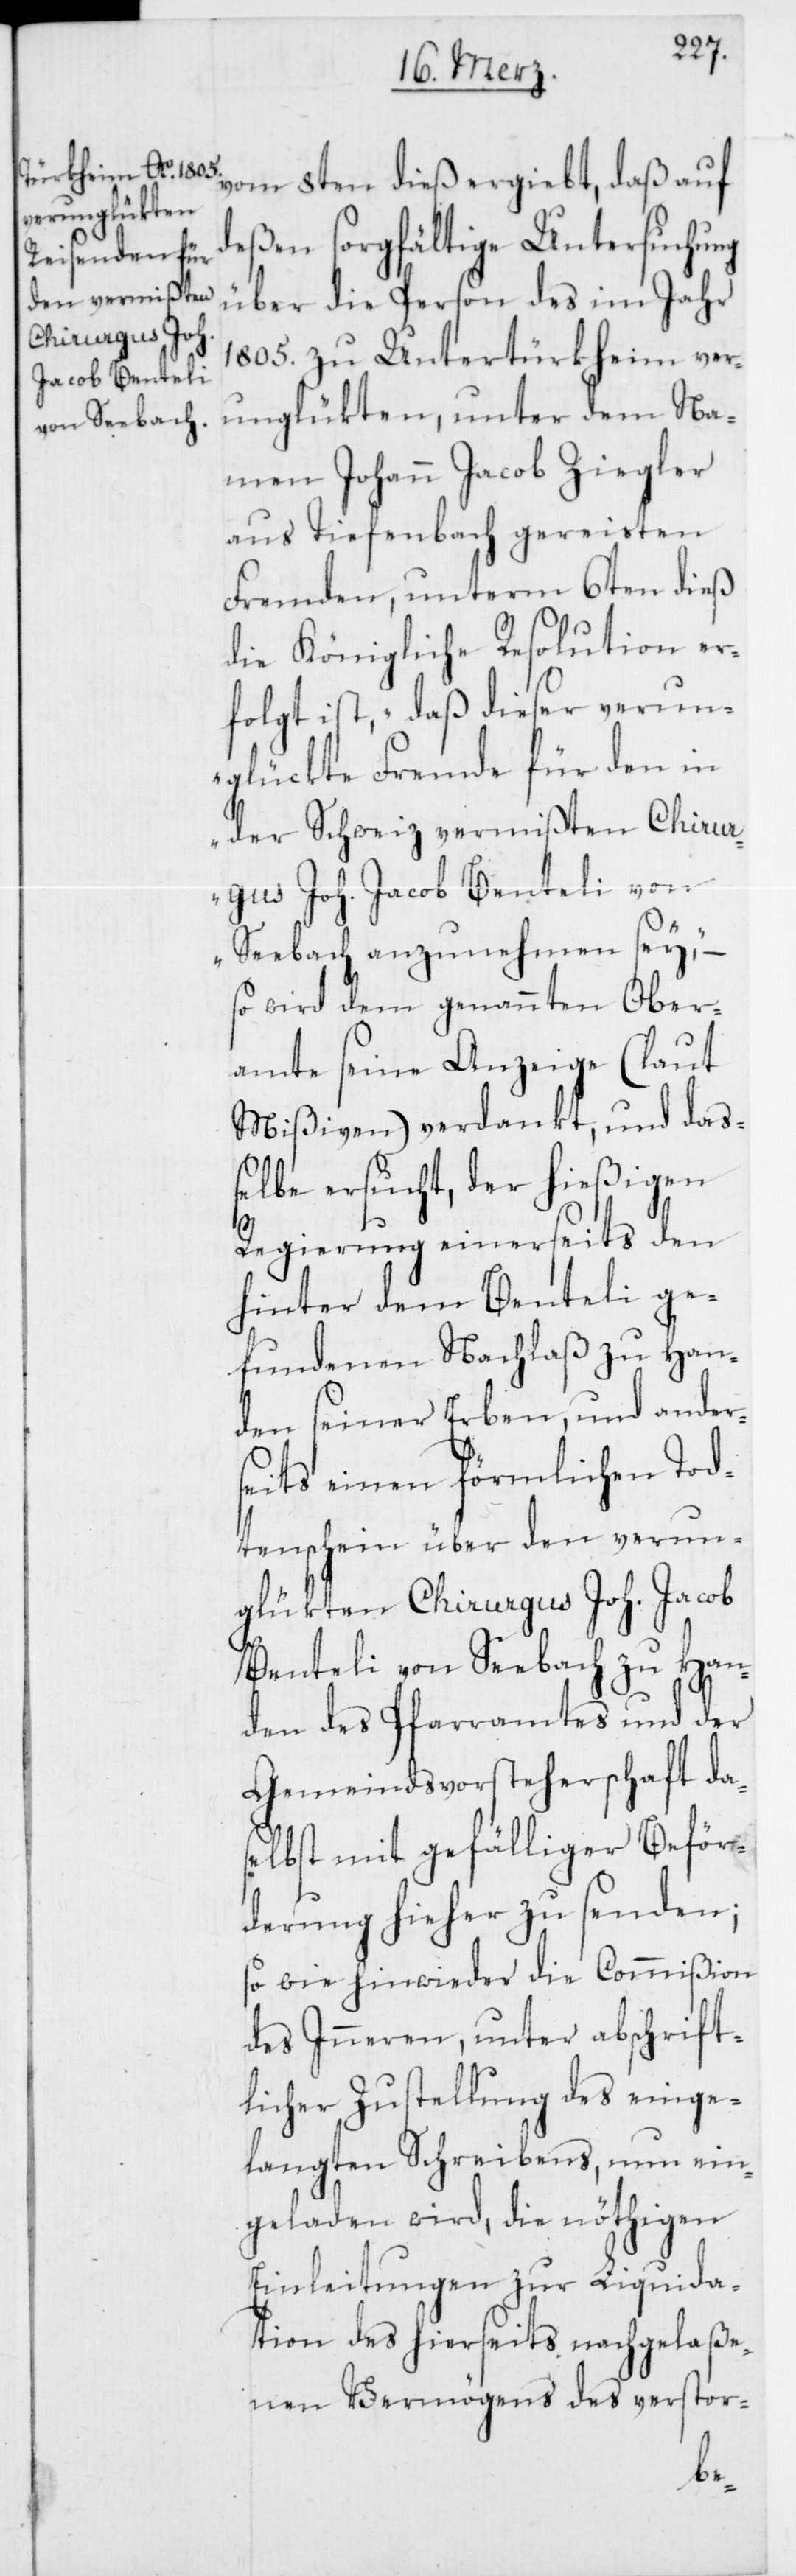
vom 8ten dieß ergiebt, daß auf
deßen sorgfältige Untersuchung
über die Person des im Jahr
1805. zu Untertürkheim ver¬
unglükten, unter dem Na¬
men Johann Jacob Ziegler
aus Tiefenbach gereisten
Fremden, unterm 6ten dieß
die Königliche Resolution er¬
folgt ist, „daß dieser verun¬
glückte Fremde für den in
der Schweiz vermißten Chirur¬
gus Joh. Jacob Benteli von
Seebach anzunehmen sey,“ –
so wird dem genannten Ober¬
amte seine Anzeige (laut
Mißiven) verdankt, und das¬
selbe ersucht, der hießigen
Regierung einerseits den
hinter dem Benteli ge¬
fundenen Nachlaß zu Han¬
den seiner Erben, und ander¬
seits einen förmlichen Tod¬
tenschein über den verun¬
glükten Chirurgus Joh. Jacob
Benteli von Seebach zu Han¬
den des Pfarramtes und der
Gemeindsvorsteherschaft das¬
elbst mit gefälliger Beför¬
derung hieher zu senden;
so wie hinwieder die Commißion
des Inneren, unter abschrift¬
licher Zustellung des einge¬
langten Schreibens, nun ein¬
geladen wird, die nöthigen
Einleitung zur Liquida¬
tion des hierseits nachgelaße¬
nen Vermögens des verstor-